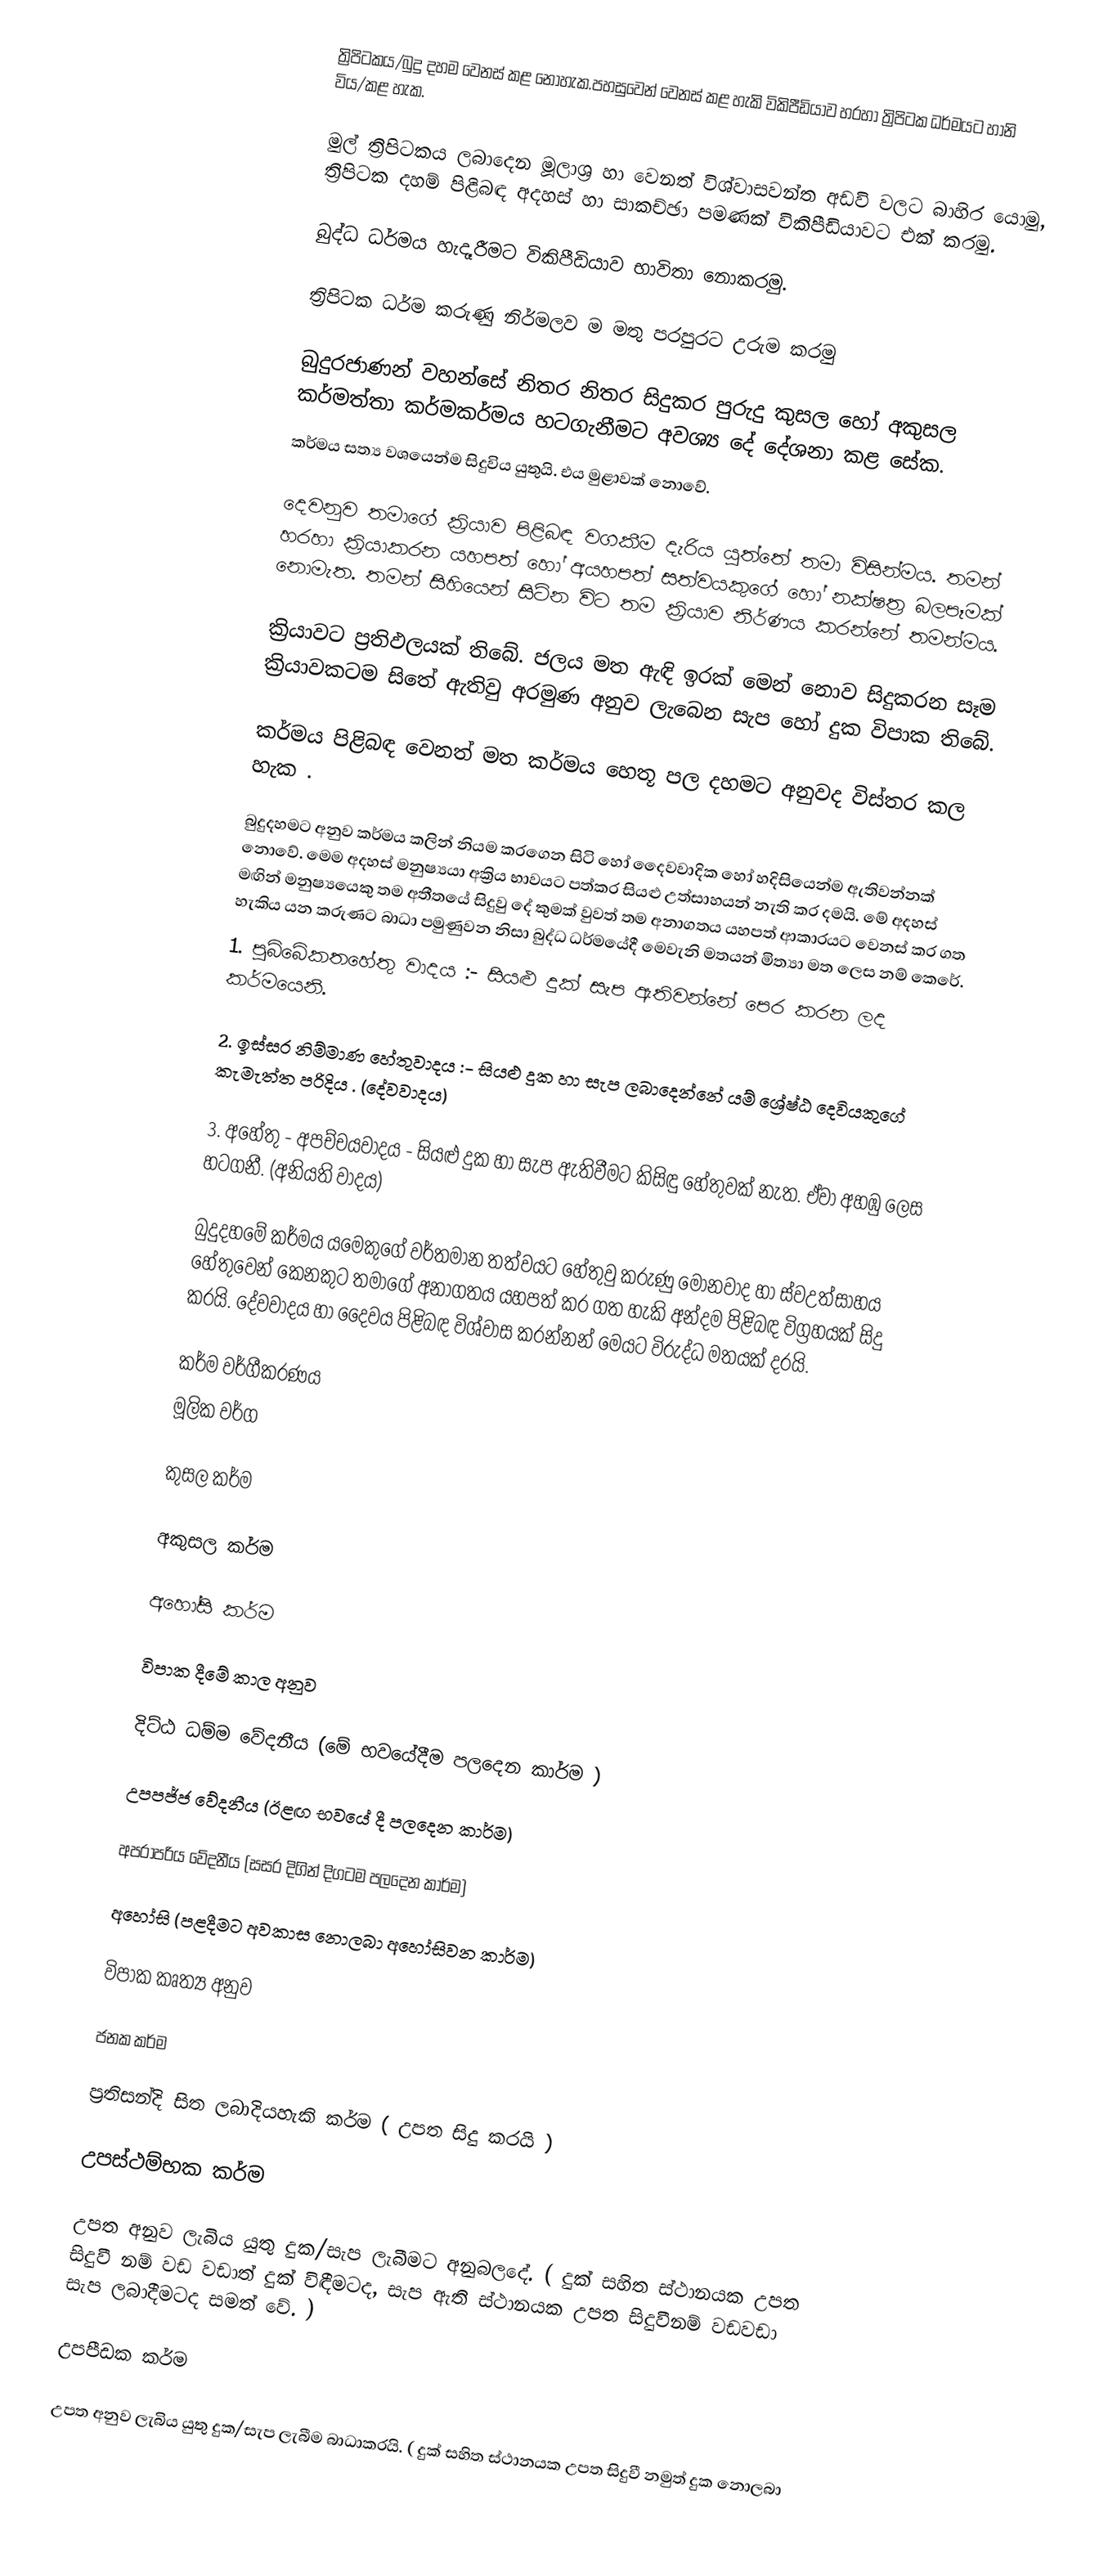
ත්‍රිපිටකය/බුදු දහම වෙනස් කළ නොහැක.පහසුවෙන් වෙනස් කළ හැකි විකිපීඩියාව හරහා ත්‍රිපිටක ධර්මයට හානි විය/කළ හැක.

 මුල් ත්‍රිපිටකය ලබාදෙන මූලාශ්‍ර හා වෙනත් විශ්වාසවන්ත අඩවි වලට බාහිර යොමු, ත්‍රිපිටක දහම් පිළිබඳ අදහස් හා සාකච්ඡා පමණක් විකිපීඩියාවට එක් කරමු.

බුද්ධ ධර්මය හැදෑරීමට විකිපීඩියාව භාවිතා නොකරමු.

 ත්‍රිපිටක ධර්ම කරුණු නිර්මලව ම මතු පරපුරට උරුම කරමු

බුදුරජාණන් වහන්සේ නිතර නිතර සිදුකර පුරුදු කුසල හෝ අකුසල කර්මත්තා කර්මකර්මය හටගැනීමට අවශ්‍ය දේ දේශනා කළ සේක.
කර්මය සත්‍ය වශයෙන්ම සිදුවිය යුතුයි. එය මුළාවක් නොවේ.

  දෙවනුව තමාගේ ක්‍රියාව පිළිබඳ වගකීම දැරිය යුත්තේ තමා විසින්මය. තමන් හරහා ක්‍රියාකරන යහපත් හෝ අයහපත් සත්වයකුගේ හෝ නක්ෂත්‍ර බලපෑමක් නොමැත. තමන් සිහියෙන් සිටින විට තම ක්‍රියාව නිර්ණය කරන්නේ තමන්මය.

  ක්‍රියාවට ප්‍රතිඵලයක් තිබේ. ජලය මත ඇඳි ඉරක් මෙන් නොව සිදුකරන සෑම ක්‍රියාවකටම සිතේ ඇතිවු අරමුණ අනුව ලැබෙන සැප හෝ දුක විපාක තිබේ.

කර්මය පිළිබඳ වෙනත් මත කර්මය හෙතූ පල දහමට අනුවද විස්තර කල හැක .

බුදුදහමට අනුව කර්මය කලින් නියම කරගෙන සිටි හෝ දෛවවාදික හෝ හදිසියෙන්ම ඇතිවන්නක් නොවේ. මෙම අදහස් මනුෂ්‍යයා අක්‍රිය භාවයට පත්කර සියළු උත්සාහයන් නැති කර දමයි. මේ අදහස් මඟින් මනුෂ්‍යයෙකු තම අතීතයේ සිදුවු දේ කුමක් වුවත් තම අනාගතය යහපත් ආකාරයට වෙනස් කර ගත හැකිය යන කරුණට බාධා පමුණුවන නිසා බුද්ධ ධර්මයේදී මෙවැනි මතයන් මිත්‍යා මත ලෙස නම් කෙරේ.
1. පුබ්බේකත‍හේතු වාදය :- සියළු දුක් සැප ඇතිවන්නේ පෙර කරන ලද කර්මයෙනි.

2. ඉස්සර නිම්මාණ හේතුවාදය :- සියළු දුක හා සැප ලබාදෙන්නේ යම් ශ්‍රේෂ්ඨ දෙවියකුගේ කැමැත්ත පරිදිය . (දේවවාදය)

3. අහේතු - අපච්චයවාදය - සියළු දුක හා සැප ඇතිවීමට කිසිඳු හේතුවක් නැත. ඒවා අහඹු ලෙස හටගනී. (අනියති වාදය)

බුදුදහමේ කර්මය යමෙකුගේ වර්තමාන තත්වයට හේතුවු කරුණු මොනවාද හා ස්වඋත්සාහය හේතුවෙන් කෙනකුට තමාගේ අනාගතය යහපත් කර ගත හැකි අන්දම පිළිබඳ විග්‍රහයක් සිදු කරයි. දේවවාදය හා දෛවය පිළිබඳ විශ්වාස කරන්නන් මෙයට විරුද්ධ මතයක් දරයි.

කර්ම වර්ගීකරණය
මූලික වර්ග

  කුසල කර්ම

   අකුසල කර්ම

   අහෝසි කර්ම

විපාක දීමේ කාල අනුව

  දිට්ඨ ධම්ම වේදනීය (මේ භවයේදීම පලදෙන කාර්ම )

   උපපජ්ජ වේදනීය (ඊළඟ භවයේ දී පලදෙන කාර්ම)

   අපරාපරිය වේදනීය (සසර දිගින් දිගටම පලදෙන කාර්ම)

   අහෝසි (පළදීමට අවකාස නොලබා අහෝසිවන කාර්ම)

විපාක කෘත්‍ය අනුව

  ජනක කර්ම

  ප්‍රතිසන්දි සිත ලබාදියහැකි කර්ම ( උපත සිදු කරයි )

  උපස්ථම්භක කර්ම

  උපත අනුව ලැබිය යුතු දුක/සැප ලැබීමට අනුබලදේ. ( දුක් සහිත ස්ථානයක උපත සිදුවී නම් වඩ වඩාත් දුක් විඳීමටද, සැප ඇති ස්ථානයක උපත සිදුවීනම් වඩවඩා සැප ලබාදීමටද සමත් වේ. )

  උපපීඩක කර්ම

  උපත අනුව ලැබිය යුතු දුක/සැප ලැබීම බාධාකරයි. ( දුක් සහිත ස්ථානයක උපත සිදුවී නමුත් දුක නොලබා